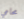
محامي